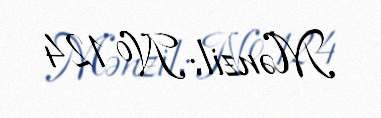
Mənzil: № 124